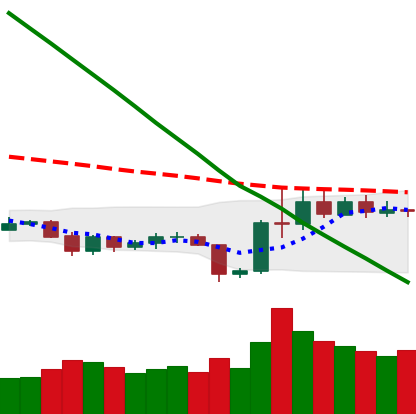
Ticker: LTC-USD
Chart end date: 2019-11-01
Forward return: 9.704%
Label: up_7plus